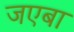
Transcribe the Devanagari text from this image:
जएबा